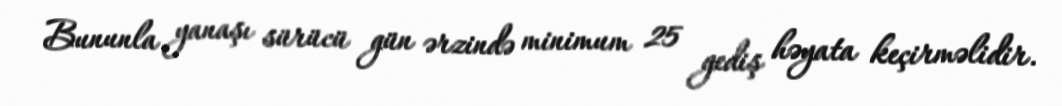
Bununla yanaşı sürücü gün ərzində minimum 25 gediş həyata keçirməlidir.